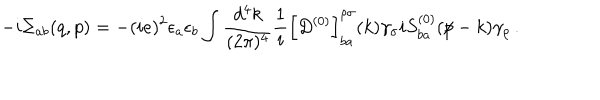
- i \Sigma _ { a b } ( q , p ) = - ( i e ) ^ { 2 } \epsilon _ { a } \epsilon _ { b } \int { \frac { d ^ { 4 } k } { ( 2 \pi ) ^ { 4 } } } { \frac { 1 } { i } } \left[ D ^ { ( 0 ) } \right] _ { b a } ^ { \rho \sigma } ( k ) \gamma _ { \sigma } i S _ { b a } ^ { ( 0 ) } ( { p } { \mkern - 9 . 0 m u / } - k ) \gamma _ { \rho } \, .